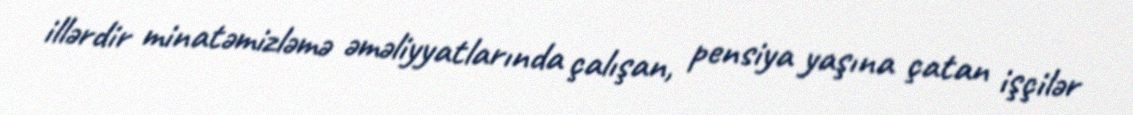
illərdir minatəmizləmə əməliyyatlarında çalışan, pensiya yaşına çatan işçilər